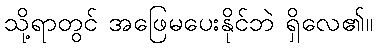
သို့ရာတွင် အဖြေမပေးနိုင်ဘဲ ရှိလေ၏။